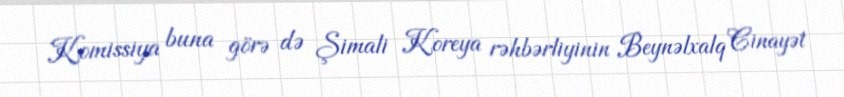
Komissiya buna görə də Şimali Koreya rəhbərliyinin Beynəlxalq Cinayət